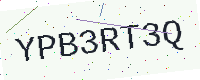
Text: YPB3RT3Q